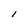
Character: l